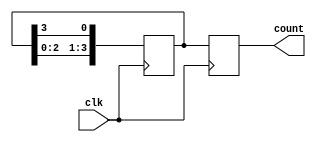
module JohnsonCounter (
    input wire clk, // Clock signal
    output reg [3:0] count // 4-bit Johnson Counter output
);

reg [3:0] q; // Flip-flops to store the count value

always @(posedge clk) begin
    q <= {q[2:0], q[3]}; // Shift the count value
    count <= q; // Output the count value
end

endmodule